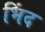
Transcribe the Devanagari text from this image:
भिंद